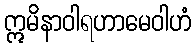
ဣမိနာဝါရဟာမေဝါဟံ